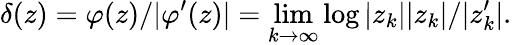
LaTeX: \delta(z)=\varphi(z)/|\varphi^{\prime}(z)|=\operatorname*{lim}_{k\to\infty}\log|z_{k}||z_{k}|/|z_{k}^{\prime}|.